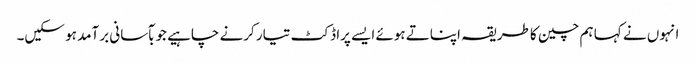
انہوں نے کہا ہم چین کا طریقہ اپناتے ہوئے ایسے پراڈکٹ تیار کرنے چاہیے جو بآسانی برآمد ہو سکیں۔